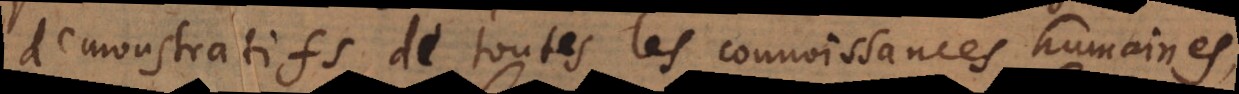
demonstratifs de toutes les connoissances humaines,